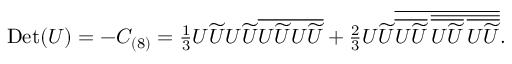
\begin{array} { r } { \mathrm { D e t } ( U ) = - C _ { ( 8 ) } = \frac { 1 } { 3 } U \widetilde { U } U \widetilde { U } \overline { { U \widetilde { U } U \widetilde { U } } } + \frac { 2 } { 3 } U \widetilde { U } \overline { { \overline { { U \widetilde { U } } } \, \overline { { \overline { { U \widetilde { U } } } \, \overline { { U \widetilde { U } } } } } } } . } \end{array}